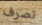
تصرف